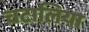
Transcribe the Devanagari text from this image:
चटालिया